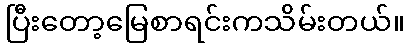
ပြီးတော့မြေစာရင်းကသိမ်းတယ်။